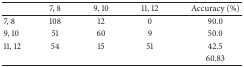
|  | 7, 8 | 9, 10 | 11, 12 | Accuracy (%) |
 | --- | --- | --- | --- | --- |
 | 7, 8 | 108 | 12 | 0 | 90.0 |
 | 9, 10 | 51 | 60 | 9 | 50.0 |
 | 11, 12 | 54 | 15 | 51 | 42.5 |
 |  |  |  |  | 60.83 |